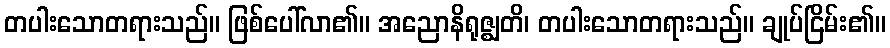
တပါးသောတရားသည်။ ဖြစ်ပေါ်လာ၏။ အညောနိရုဇ္ဈတိ၊ တပါးသောတရားသည်။ ချုပ်ငြိမ်း၏။